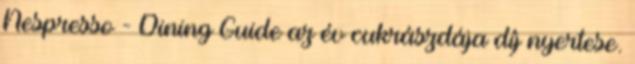
Nespresso - Dining Guide az év cukrászdája díj nyertese.